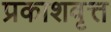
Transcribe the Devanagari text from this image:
प्रकाशवृत्त